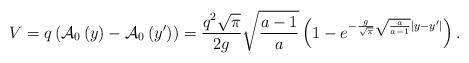
LaTeX: \begin{align*}V = q\left( {{\cal A}_0 \left( y \right) - {\cal A}_0 \left({y^\prime } \right)} \right) = \frac{{q^2 \sqrt \pi }}{{2g}}\sqrt{\frac{a - 1}{{a}}} \left( {1 - e^{ - \frac{g}{{\sqrt \pi }}\sqrt{\frac{a}{{a - 1}}} |y - y^\prime |} } \right). \end{align*}